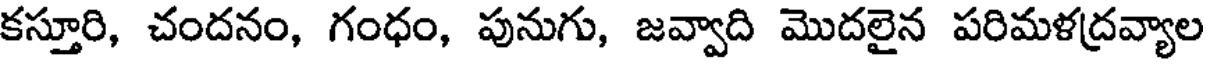
కస్తూరి, చందనం, గంధం, పునుగు, జవ్వాది మొదలైన పరిమళద్రవ్యాల